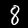
Digit: 8